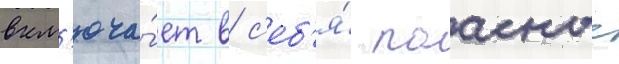
вкл'юча́ет в с'еб'я́ поасные